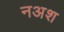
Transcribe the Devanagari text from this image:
नअश